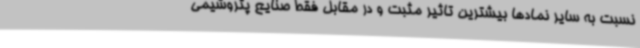
نسبت به سایر نمادها بیشترین تاثیر مثبت و در مقابل فقط صنایع پتروشیمی